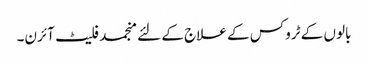
بالوں کے ٹروکس کے علاج کے لئے منجمد فلیٹ آئرن۔